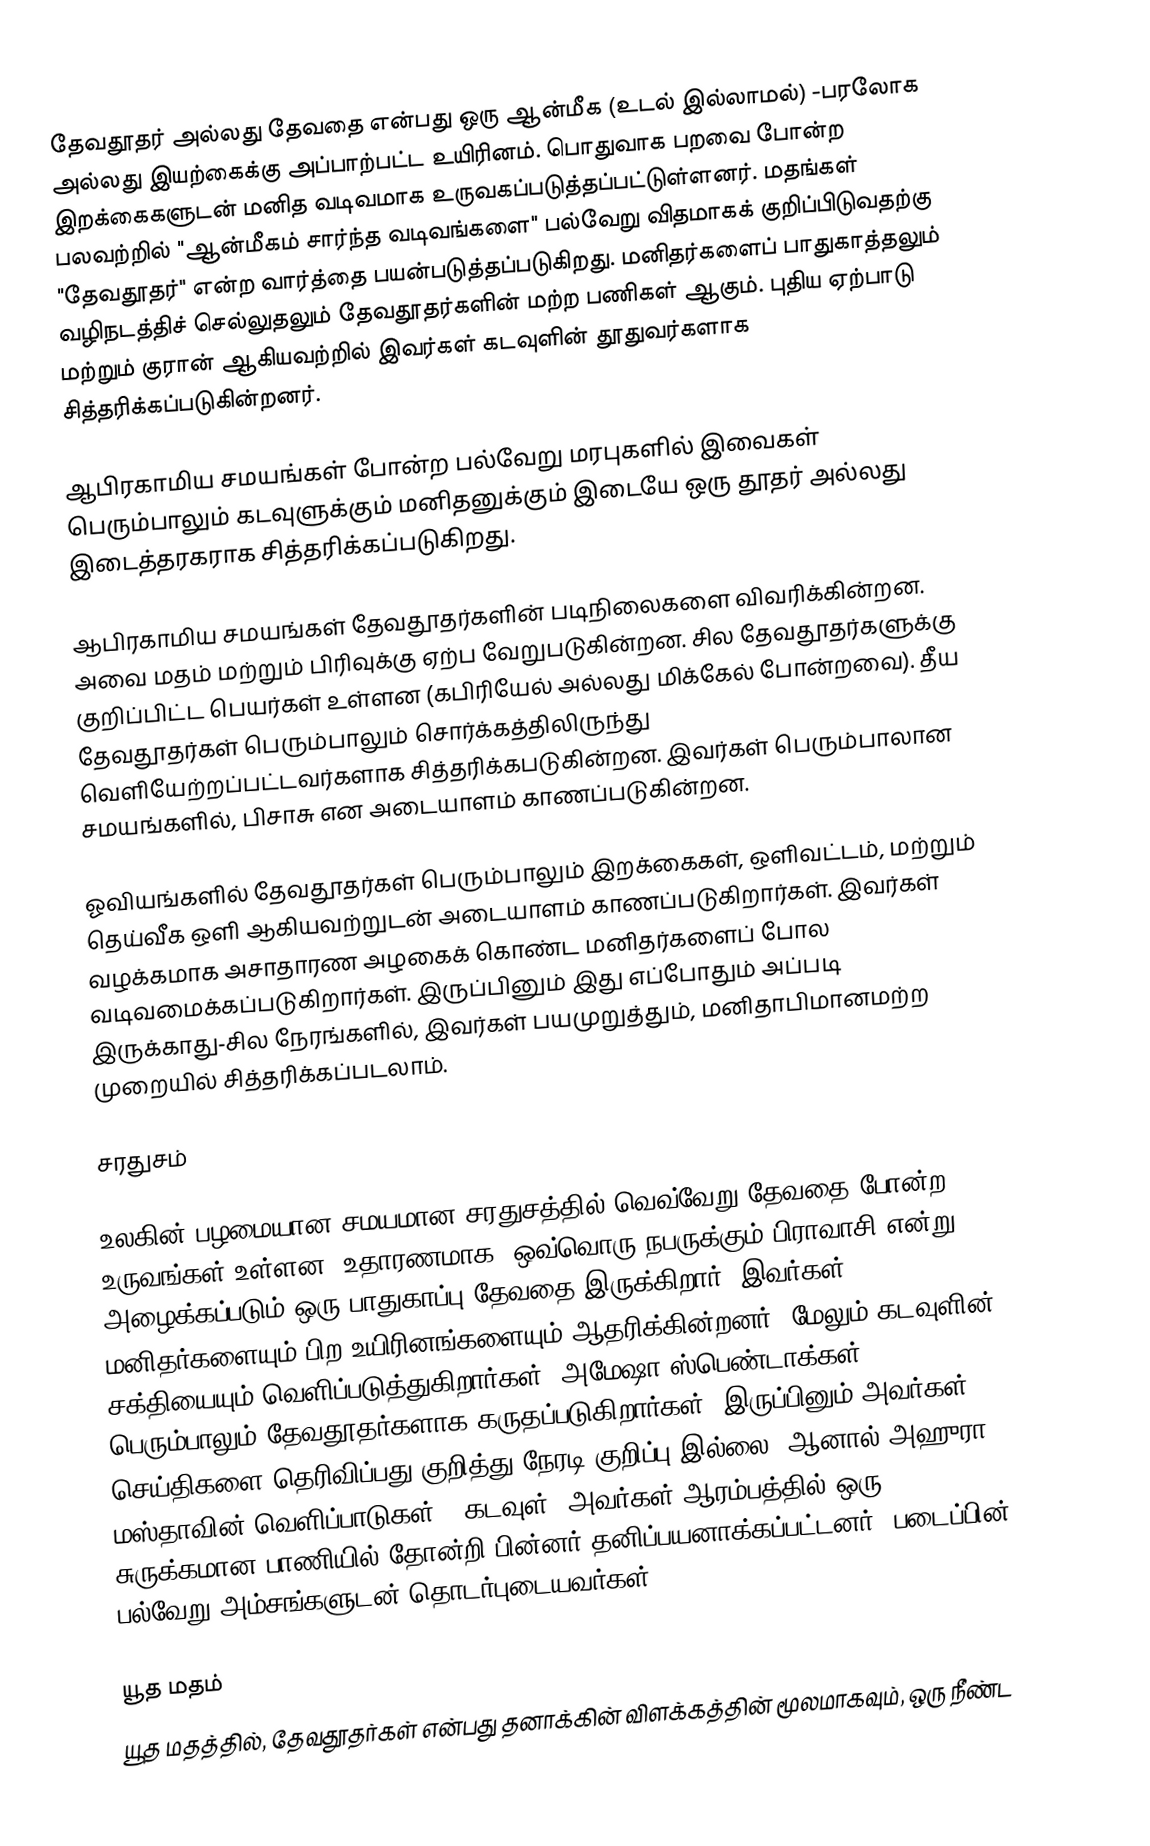
தேவதூதர் அல்லது தேவதை என்பது ஒரு ஆன்மீக (உடல் இல்லாமல்) -பரலோக அல்லது இயற்கைக்கு அப்பாற்பட்ட உயிரினம்.  பொதுவாக பறவை போன்ற இறக்கைகளுடன் மனித வடிவமாக உருவகப்படுத்தப்பட்டுள்ளனர். மதங்கள் பலவற்றில் "ஆன்மீகம் சார்ந்த வடிவங்களை" பல்வேறு விதமாகக் குறிப்பிடுவதற்கு "தேவதூதர்" என்ற வார்த்தை பயன்படுத்தப்படுகிறது. மனிதர்களைப் பாதுகாத்தலும் வழிநடத்திச் செல்லுதலும் தேவதூதர்களின் மற்ற பணிகள் ஆகும்.  புதிய ஏற்பாடு மற்றும் குரான் ஆகியவற்றில் இவர்கள் கடவுளின் தூதுவர்களாக சித்தரிக்கப்படுகின்றனர்.

ஆபிரகாமிய சமயங்கள் போன்ற பல்வேறு மரபுகளில் இவைகள் பெரும்பாலும் கடவுளுக்கும்  மனிதனுக்கும் இடையே ஒரு தூதர் அல்லது இடைத்தரகராக சித்தரிக்கப்படுகிறது.

ஆபிரகாமிய சமயங்கள் தேவதூதர்களின் படிநிலைகளை விவரிக்கின்றன. அவை மதம் மற்றும் பிரிவுக்கு ஏற்ப வேறுபடுகின்றன. சில தேவதூதர்களுக்கு குறிப்பிட்ட பெயர்கள் உள்ளன (கபிரியேல் அல்லது மிக்கேல் போன்றவை). தீய தேவதூதர்கள் பெரும்பாலும் சொர்க்கத்திலிருந்து வெளியேற்றப்பட்டவர்களாக சித்தரிக்கபடுகின்றன. இவர்கள் பெரும்பாலான சமயங்களில், பிசாசு என அடையாளம் காணப்படுகின்றன.

ஓவியங்களில் தேவதூதர்கள் பெரும்பாலும் இறக்கைகள், ஒளிவட்டம், மற்றும் தெய்வீக ஒளி ஆகியவற்றுடன் அடையாளம் காணப்படுகிறார்கள். இவர்கள் வழக்கமாக அசாதாரண அழகைக் கொண்ட மனிதர்களைப் போல வடிவமைக்கப்படுகிறார்கள். இருப்பினும் இது எப்போதும் அப்படி இருக்காது-சில நேரங்களில், இவர்கள் பயமுறுத்தும், மனிதாபிமானமற்ற முறையில் சித்தரிக்கப்படலாம்.

சரதுசம்

உலகின் பழமையான சமயமான சரதுசத்தில் வெவ்வேறு தேவதை போன்ற உருவங்கள் உள்ளன. உதாரணமாக, ஒவ்வொரு நபருக்கும் பிராவாசி என்று அழைக்கப்படும் ஒரு பாதுகாப்பு தேவதை இருக்கிறார். இவர்கள் மனிதர்களையும் பிற உயிரினங்களையும் ஆதரிக்கின்றனர். மேலும் கடவுளின் சக்தியையும் வெளிப்படுத்துகிறார்கள். அமேஷா ஸ்பெண்டாக்கள் பெரும்பாலும் தேவதூதர்களாக கருதப்படுகிறார்கள், இருப்பினும் அவர்கள் செய்திகளை தெரிவிப்பது குறித்து நேரடி குறிப்பு இல்லை, ஆனால் அஹுரா மஸ்தாவின் வெளிப்பாடுகள், "கடவுள்" அவர்கள் ஆரம்பத்தில் ஒரு சுருக்கமான பாணியில் தோன்றி பின்னர் தனிப்பயனாக்கப்பட்டனர், படைப்பின் பல்வேறு அம்சங்களுடன் தொடர்புடையவர்கள்.

யூத மதம்
யூத மதத்தில், தேவதூதர்கள் என்பது தனாக்கின் விளக்கத்தின் மூலமாகவும், ஒரு நீண்ட